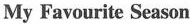
My Favourite Season